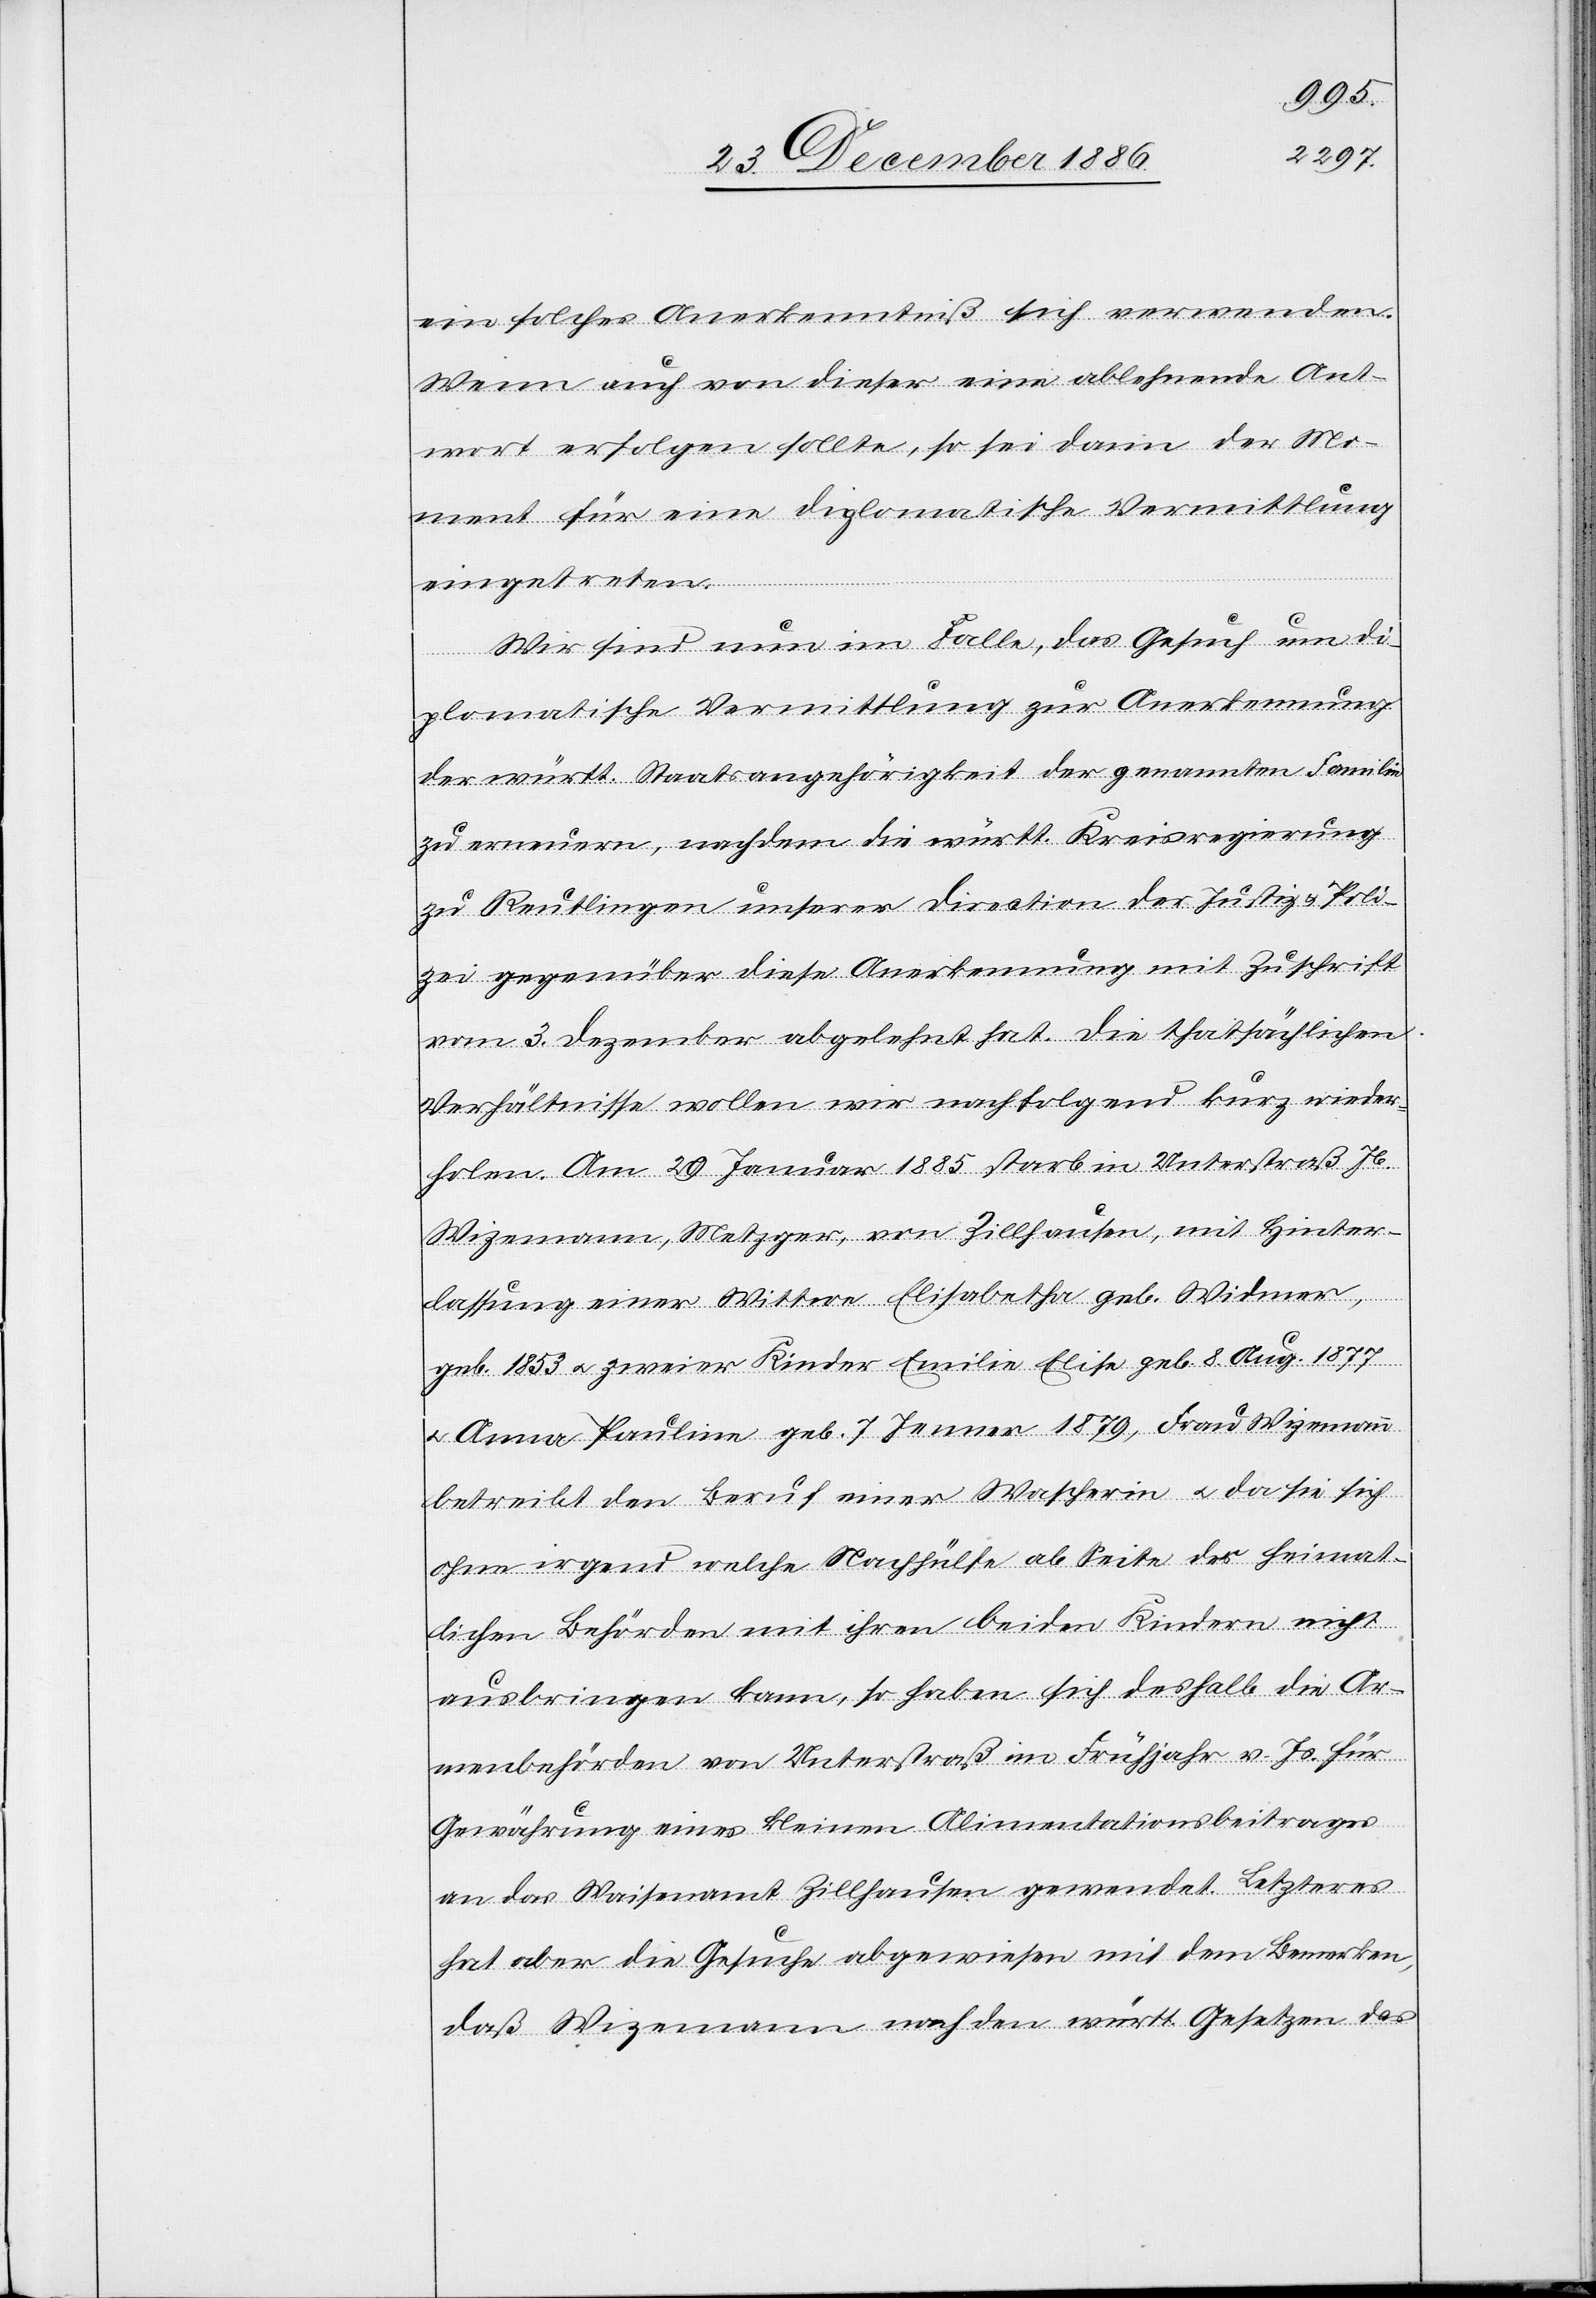
ein solches Anerkenntniß sich verwenden.
Wenn auch von dieser eine ablehnende Ant¬
wort erfolgen sollte, so sei dann der Mo¬
ment für eine diplomatische Vermittlung
eingetreten.
Wir sind nun im Falle, das Gesuch um di¬
plomatische Vermittlung zur Anerkennung
der württ. Staatsangehörigkeit der genannten Familie
zu erneuern, nachdem die württ. Kreisregierung
zu Reutlingen unserer Direction der Justiz & Poli¬
zei gegenüber diese Anerkennung mit Zuschrift
vom 3. Dezember abgelehnt hat. Die thatsächlichen
Verhältnisse wollen wir nachfolgend kurz wieder¬
holen. Am 29. Januar 1885 starb in Unterstraß Jb.
Wizemann, Metzger, von Zillhausen, mit Hinter¬
lassung einer Wittwe Elisabetha geb. Widmer,
geb. 1853 & zweier Kinder Emilie Elise geb. 8. Aug. 1877
& Anna Pauline geb. 7. Jenner 1879, Frau Wizemann
betreibt den Beruf einer Wascherin & da sie sich
ohne irgend welche Nachhülfe ab Seite der heimat¬
lichen Behörden mit ihren beiden Kindern nicht
ausbringen kann, so haben sich deshalb die Ar¬
menbehörden von Unterstraß im Frühjahr v. Js. für
Gewährung eines kleinen Alimentationsbeitrages
an das Waisenamt Zillhausen gewendet. Letzteres
hat aber die Gesuche abgewiesen mit dem Bemerken,
daß Wizemann nach den württ. Gesetzen das